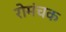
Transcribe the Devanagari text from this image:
रोमंचक